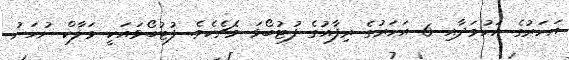
އަހަރުގެ އަހުމަދާއި 6 އަހަރުގެ ރިފާއުގެ ފުޓުބޯޅަ މެޗެކެވެ. ފުޓުބޯޅައަކީ މަލާކް ނުހަނު